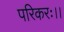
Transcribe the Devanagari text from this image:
परिकरः।।